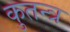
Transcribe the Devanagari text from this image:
कुतन्त्र